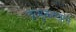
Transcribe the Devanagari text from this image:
प्रामुकख्याने